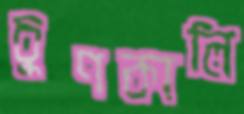
চুণকালি